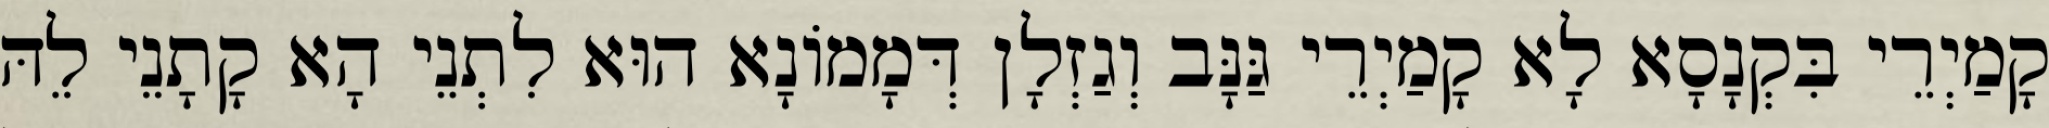
קָמַיְרֵי בִּקְנָסָא לָא קָמַיְרֵי גַּנָּב וְגַזְלָן דְּמָמוֹנָא הוּא לִתְנֵי הָא קָתָנֵי לֵהּ